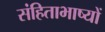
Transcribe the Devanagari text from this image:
संहिताभाष्यों